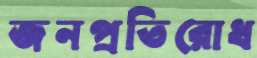
জনপ্রতিরোধ